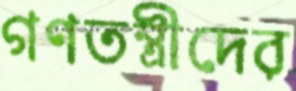
গণতন্ত্রীদের